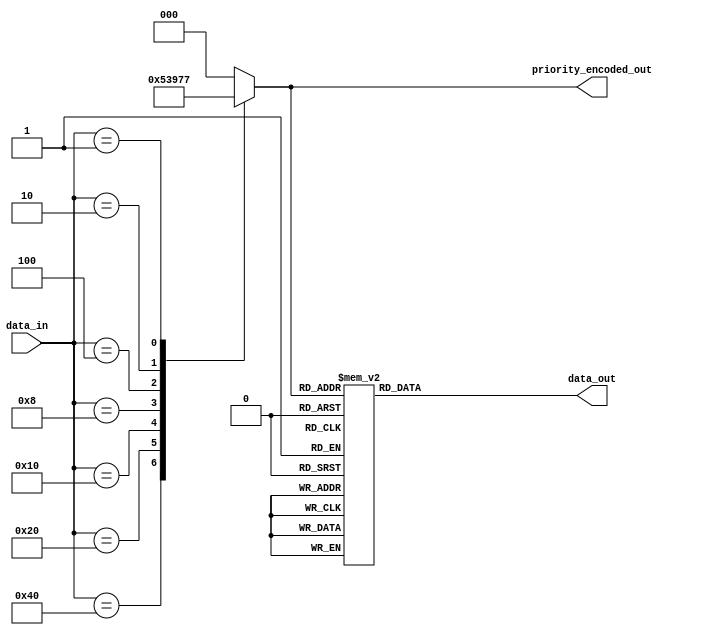
module priority_encoder_decoder (
  input [7:0] data_in,
  output reg [2:0] priority_encoded_out,
  output reg [7:0] data_out
);

always @ (data_in) begin
  case (data_in)
    8'b10000000 : priority_encoded_out = 3'b000;
    8'b01000000 : priority_encoded_out = 3'b001;
    8'b00100000 : priority_encoded_out = 3'b010;
    8'b00010000 : priority_encoded_out = 3'b011;
    8'b00001000 : priority_encoded_out = 3'b100;
    8'b00000100 : priority_encoded_out = 3'b101;
    8'b00000010 : priority_encoded_out = 3'b110;
    8'b00000001 : priority_encoded_out = 3'b111;
    default: priority_encoded_out = 3'b000; // default to highest priority
  endcase
end

always @ (priority_encoded_out) begin
  case (priority_encoded_out)
    3'b000 : data_out = 8'b10000000;
    3'b001 : data_out = 8'b01000000;
    3'b010 : data_out = 8'b00100000;
    3'b011 : data_out = 8'b00010000;
    3'b100 : data_out = 8'b00001000;
    3'b101 : data_out = 8'b00000100;
    3'b110 : data_out = 8'b00000010;
    3'b111 : data_out = 8'b00000001;
  endcase
end

endmodule